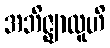
အဘိဇ္ဈာလူဟိ